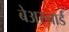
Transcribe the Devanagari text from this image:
बेअरनार्ड